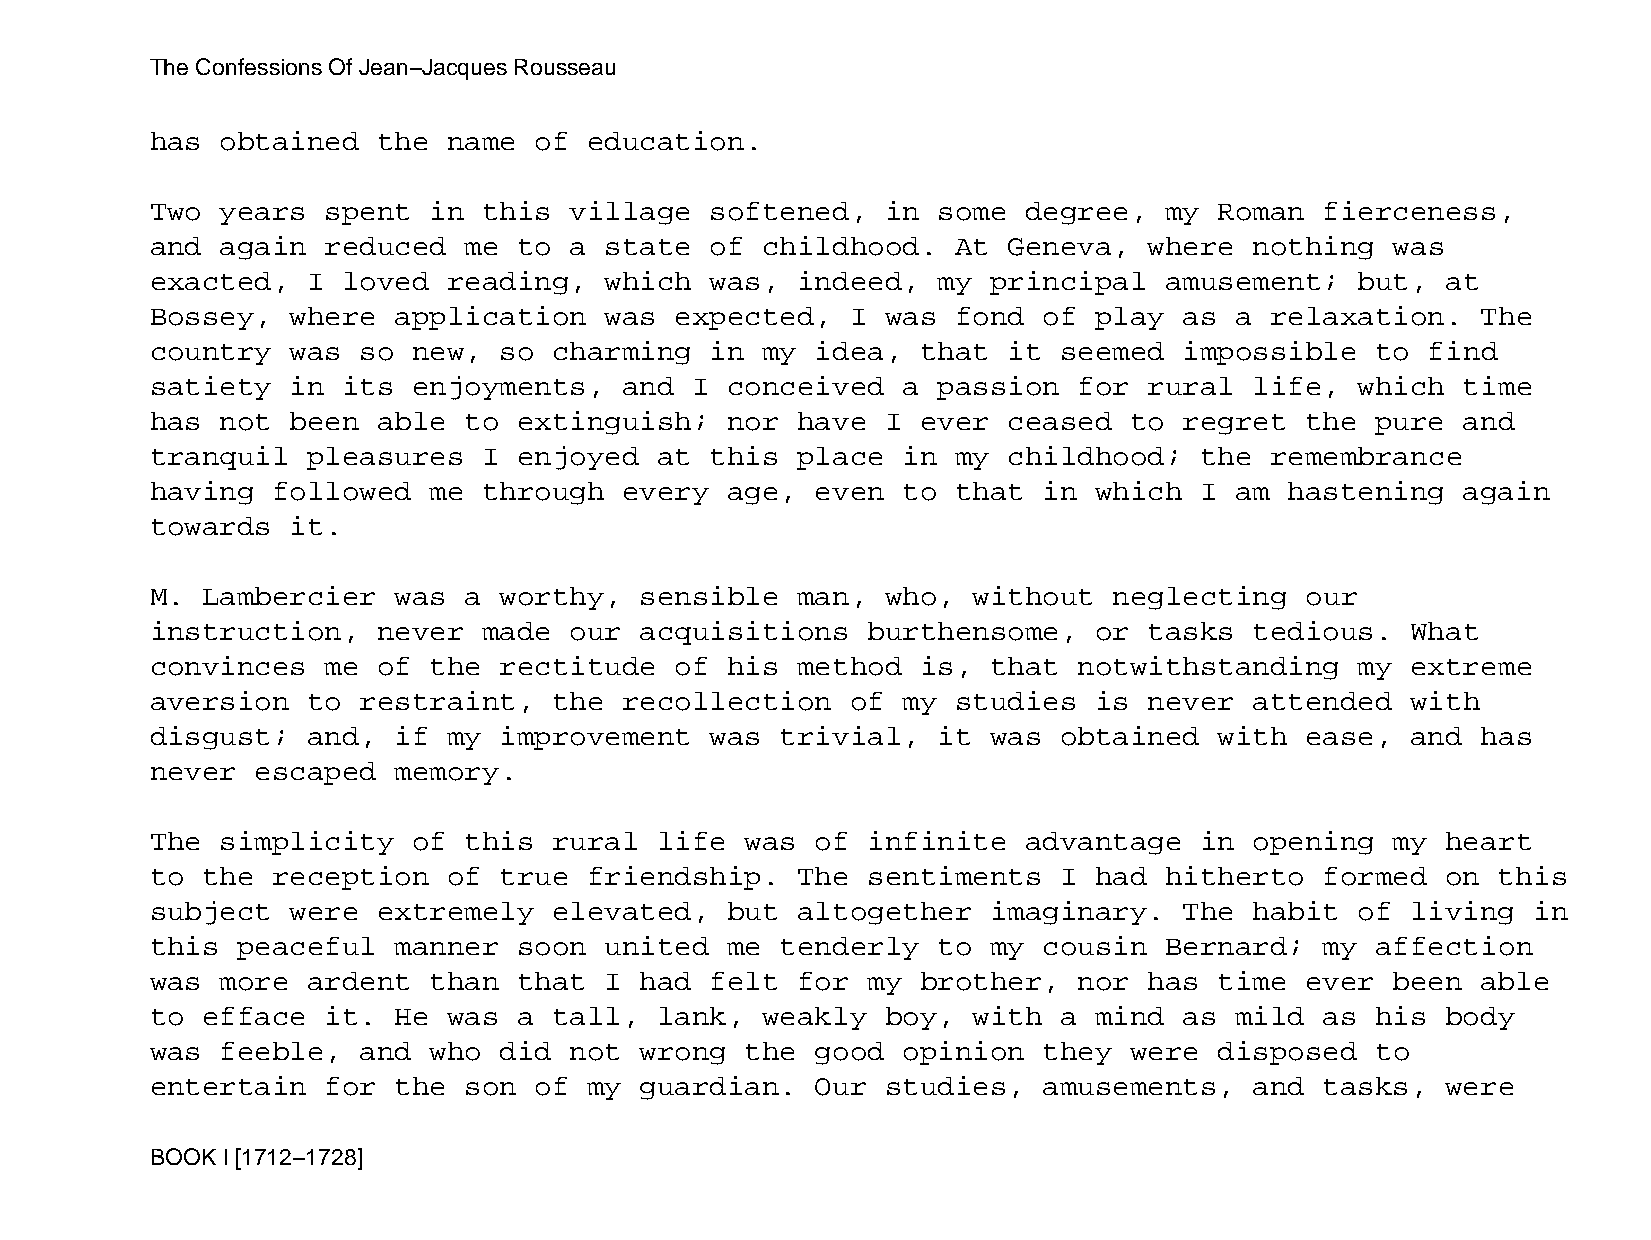
The Confessions Of Jean−Jacques Rousseau
 has  obtained  the  name of  education.
 Two  years  spent in  this  village  softened,   in some  degree,  my  Roman  fierceness,
 and  again  reduced  me to  a state  of childhood.   At  Geneva,  where  nothing  was
 exacted,  I  loved  reading,  which  was,  indeed,  my  principal  amusement;   but,  at
 Bossey,  where  application   was  expected,  I  was fond  of play  as  a relaxation.   The
 country  was  so new,  so  charming  in my  idea,  that  it seemed  impossible   to  find
 satiety  in  its enjoyments,   and  I conceived   a passion  for  rural  life,  which  time
 has  not been  able  to extinguish;   nor  have  I ever  ceased  to regret  the  pure  and
 tranquil  pleasures   I enjoyed   at this  place  in my  childhood;  the  remembrance
 having  followed  me  through  every  age,  even  to that  in which  I  am hastening   again
 towards  it.
 M. Lambercier   was  a worthy,  sensible   man,  who, without   neglecting  our
 instruction,   never  made  our acquisitions   burthensome,   or  tasks  tedious.  What
 convinces   me of the  rectitude   of his  method  is,  that notwithstanding    my extreme
 aversion  to  restraint,   the recollection   of  my studies  is  never  attended  with
 disgust;  and,  if  my improvement   was  trivial,  it  was obtained   with ease,  and  has
 never  escaped  memory.
 The  simplicity  of  this  rural  life was  of infinite   advantage  in  opening  my  heart
 to the  reception   of true  friendship.   The sentiments   I had  hitherto   formed  on this
 subject  were  extremely   elevated,  but  altogether   imaginary.  The  habit  of living  in
 this  peaceful  manner  soon  united  me  tenderly  to  my cousin  Bernard;   my affection
 was  more ardent  than  that  I had  felt  for my  brother,  nor  has  time ever  been  able
 to efface   it. He  was a  tall,  lank, weakly   boy, with  a mind  as  mild  as his  body
 was  feeble,  and who  did  not wrong  the  good  opinion  they  were  disposed  to
 entertain   for the  son of  my guardian.   Our  studies,  amusements,   and  tasks,  were
 BOOK I [1712−1728]